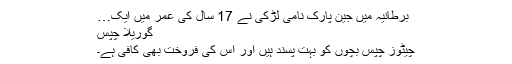
برطانیہ میں جین پارک نامی لڑکی نے 17 سال کی عمر میں ایک…
گوریلا چپس
چیٹوز چپس بچوں کو بہت پسند ہیں اور اس کی فروخت بھی کافی ہے۔